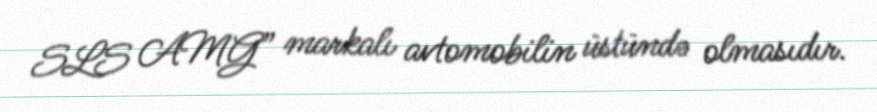
SLS AMG” markalı avtomobilin üstündə olmasıdır.